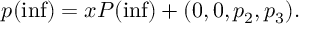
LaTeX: p ( \operatorname * { i n f } ) = x P ( \operatorname * { i n f } ) + ( 0 , 0 , p _ { 2 } , p _ { 3 } ) .